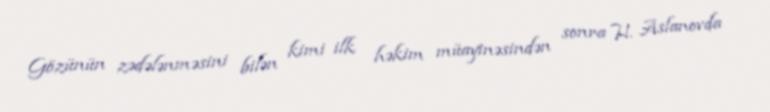
Gözünün zədələnməsini bilən kimi ilk həkim müayinəsindən sonra H. Aslanovda